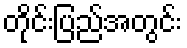
တိုင်းပြည်အတွင်း